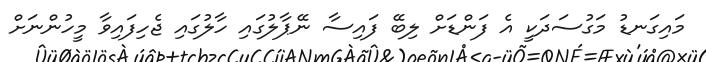
މައިގަނޑު މަގުސަދަކީ އެ ފަންޑަށް ލިބޭ ފައިސާ ނޭޕާލުގައި ހާލުގައި ޖެހިފައިވާ މީހުންނަށް